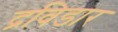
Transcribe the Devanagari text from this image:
द्रविडार